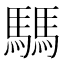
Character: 騳